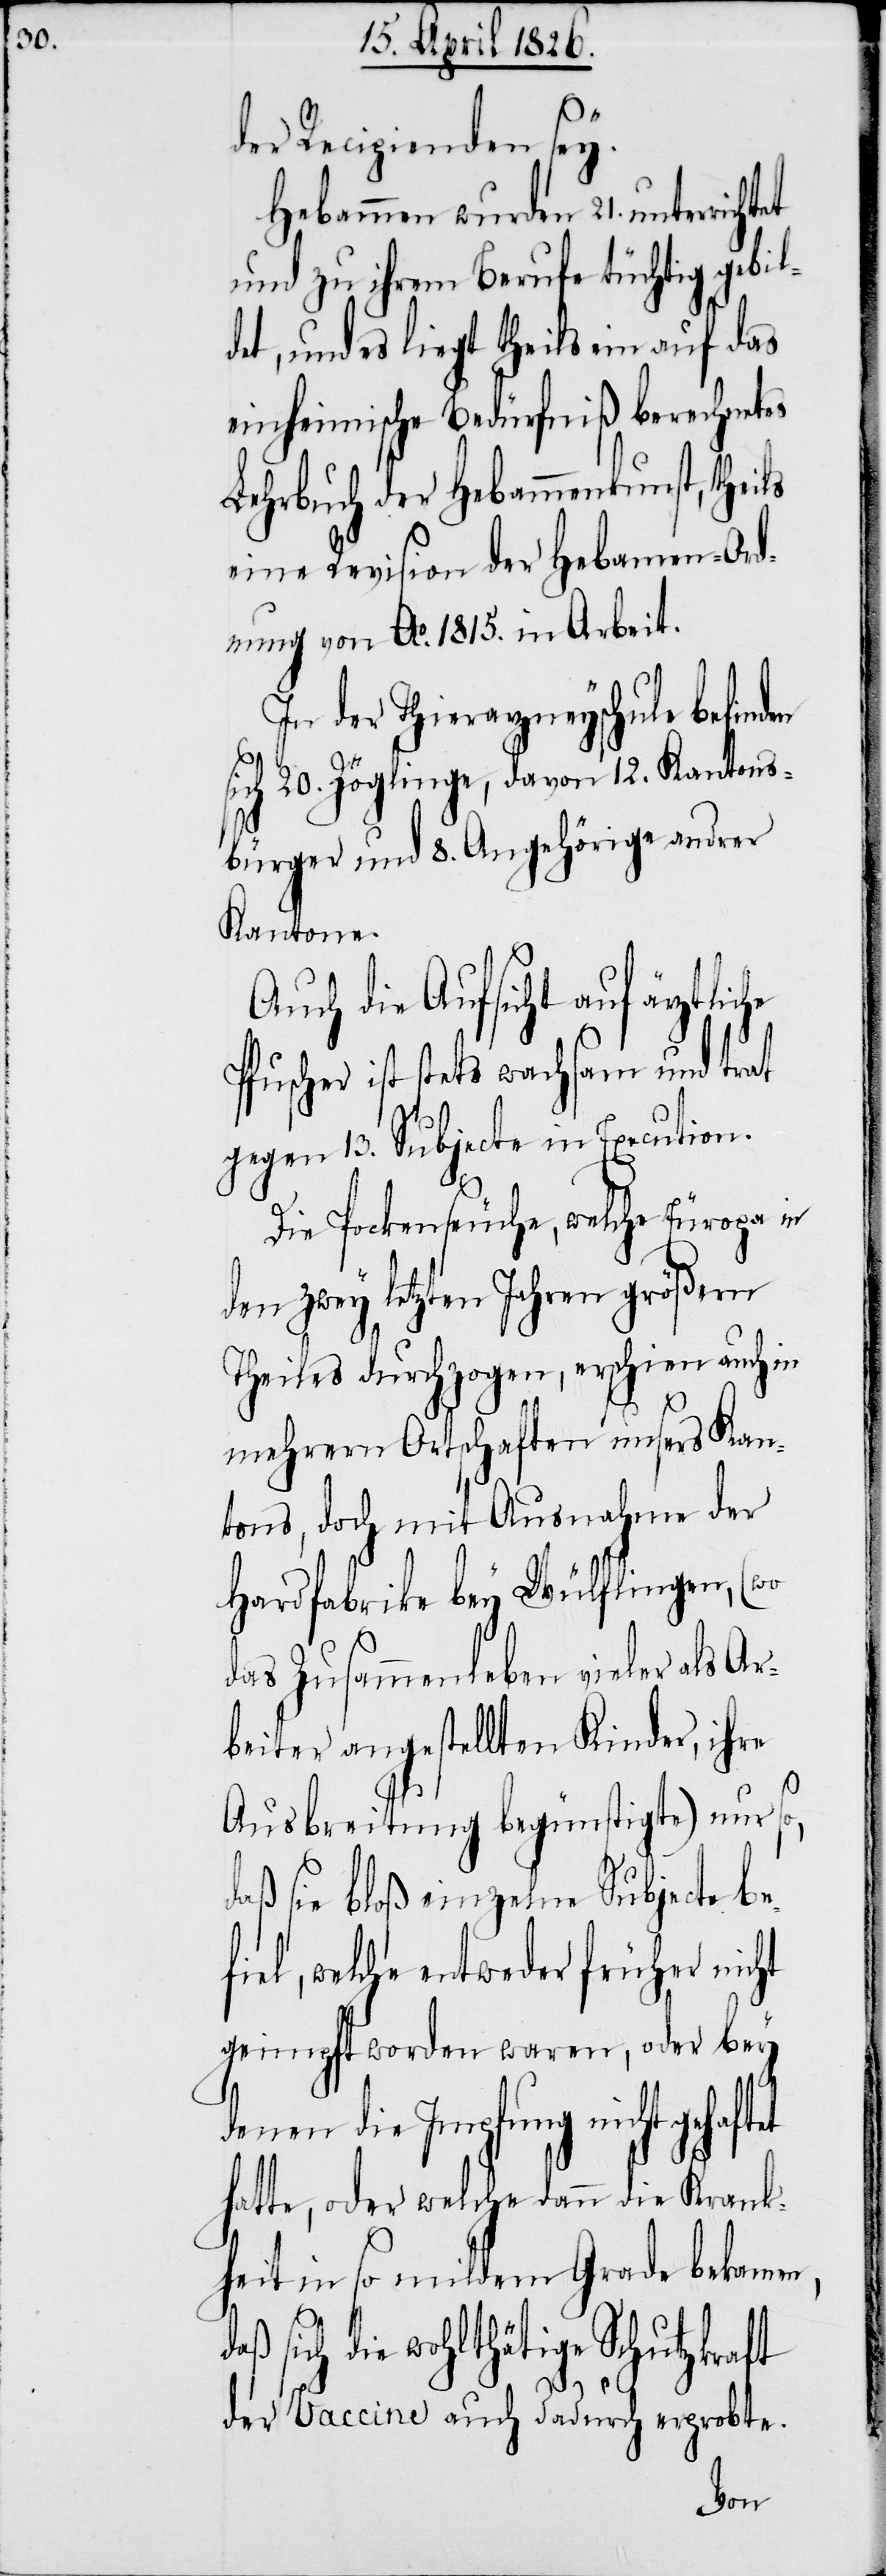
der Recipienden sey.
Hebammen wurden 21. unterrich¬
und zu ihrem Berufe tüchtig gebil¬
det, und es liegt theils ein auf das
einheimische Bedürfniß berechnetes
Lehrbuch der Hebammenkunst, theils
eine Revision der Hebamen-Ord¬
nung von Ao. 1815. in Arbeit.
In der Thierarzneyschule befinden
sich 20. Zöglinge, davon 12. Kantons¬
bürger und 8. Angehörige andrer
Kantone.
Auch die Aufsicht auf ärztliche
Pfuscher ist stets wachsam und trat
gegen 13. Subjecte in Execution.
Die Pockenseuche, welche Europa in
den zwey letzten Jahren größern
Theiles durchzogen, erschien auch in
mehrern Ortschaften unsers Kan¬
tons, doch mit Ausnahme der
Hardfabrike bey Wülflingen, (wo
das Zusammenleben vieler als Ar¬
beiter angestellten Kinder, ihre
Ausbreitung begünstigte) nur so,
daß sie bloß einzelne Subjecte be¬
iel, welche entweder früher nicht
geimpft worden waren, oder bey
denen die Impfung nicht gehaft¬
hatte, oder welche dann die Krank¬
heit in so mildem Grade bekamen,
daß sich die wohlthätige Schutzkraft
f¬
der Vaccine auch dadurch erprobte.
et